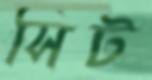
সিট